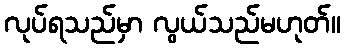
လုပ်ရသည်မှာ လွယ်သည်မဟုတ်။